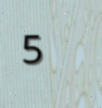
5